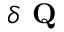
\delta \textbf { Q }